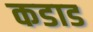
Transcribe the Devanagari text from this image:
कडाड